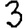
Digit: 3